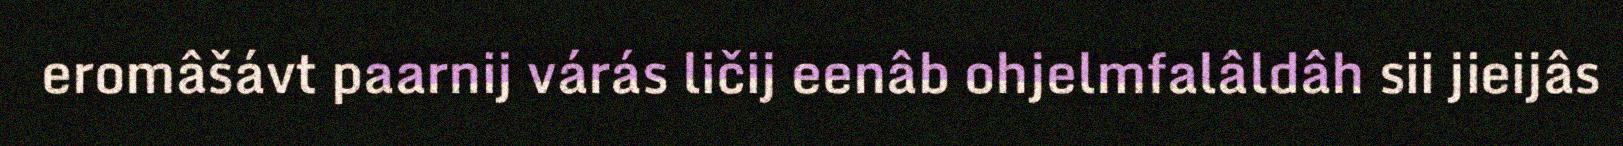
eromâšávt paarnij várás ličij eenâb ohjelmfalâldâh sii jieijâs